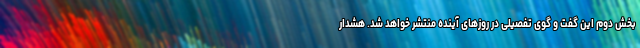
بخش دوم این گفت و گوی تفصیلی در روزهای آینده منتشر خواهد شد. هشدار